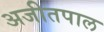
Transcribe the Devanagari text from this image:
अजीतपाल